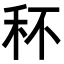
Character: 𥝣